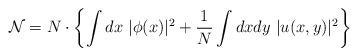
LaTeX: \begin{align*} \mathcal{N} = N\cdot\left\{ \int dx\ |\phi(x)|^2+ \frac{1}{N}\int dxdy\ |u(x, y)|^2\right\} \end{align*}